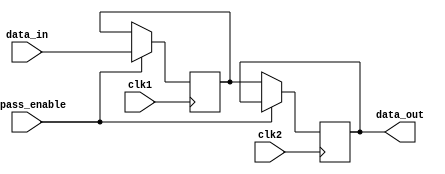
module BypassRegister (
  input wire clk1,
  input wire clk2,
  input wire [7:0] data_in,
  input wire bypass_enable,
  output reg [7:0] data_out
);

reg [7:0] storage_reg;

always @(posedge clk1) begin
  if (bypass_enable) begin
    storage_reg <= data_in;
  end
end

always @(posedge clk2) begin
  if (!bypass_enable) begin
    data_out <= storage_reg;
  end
end

endmodule